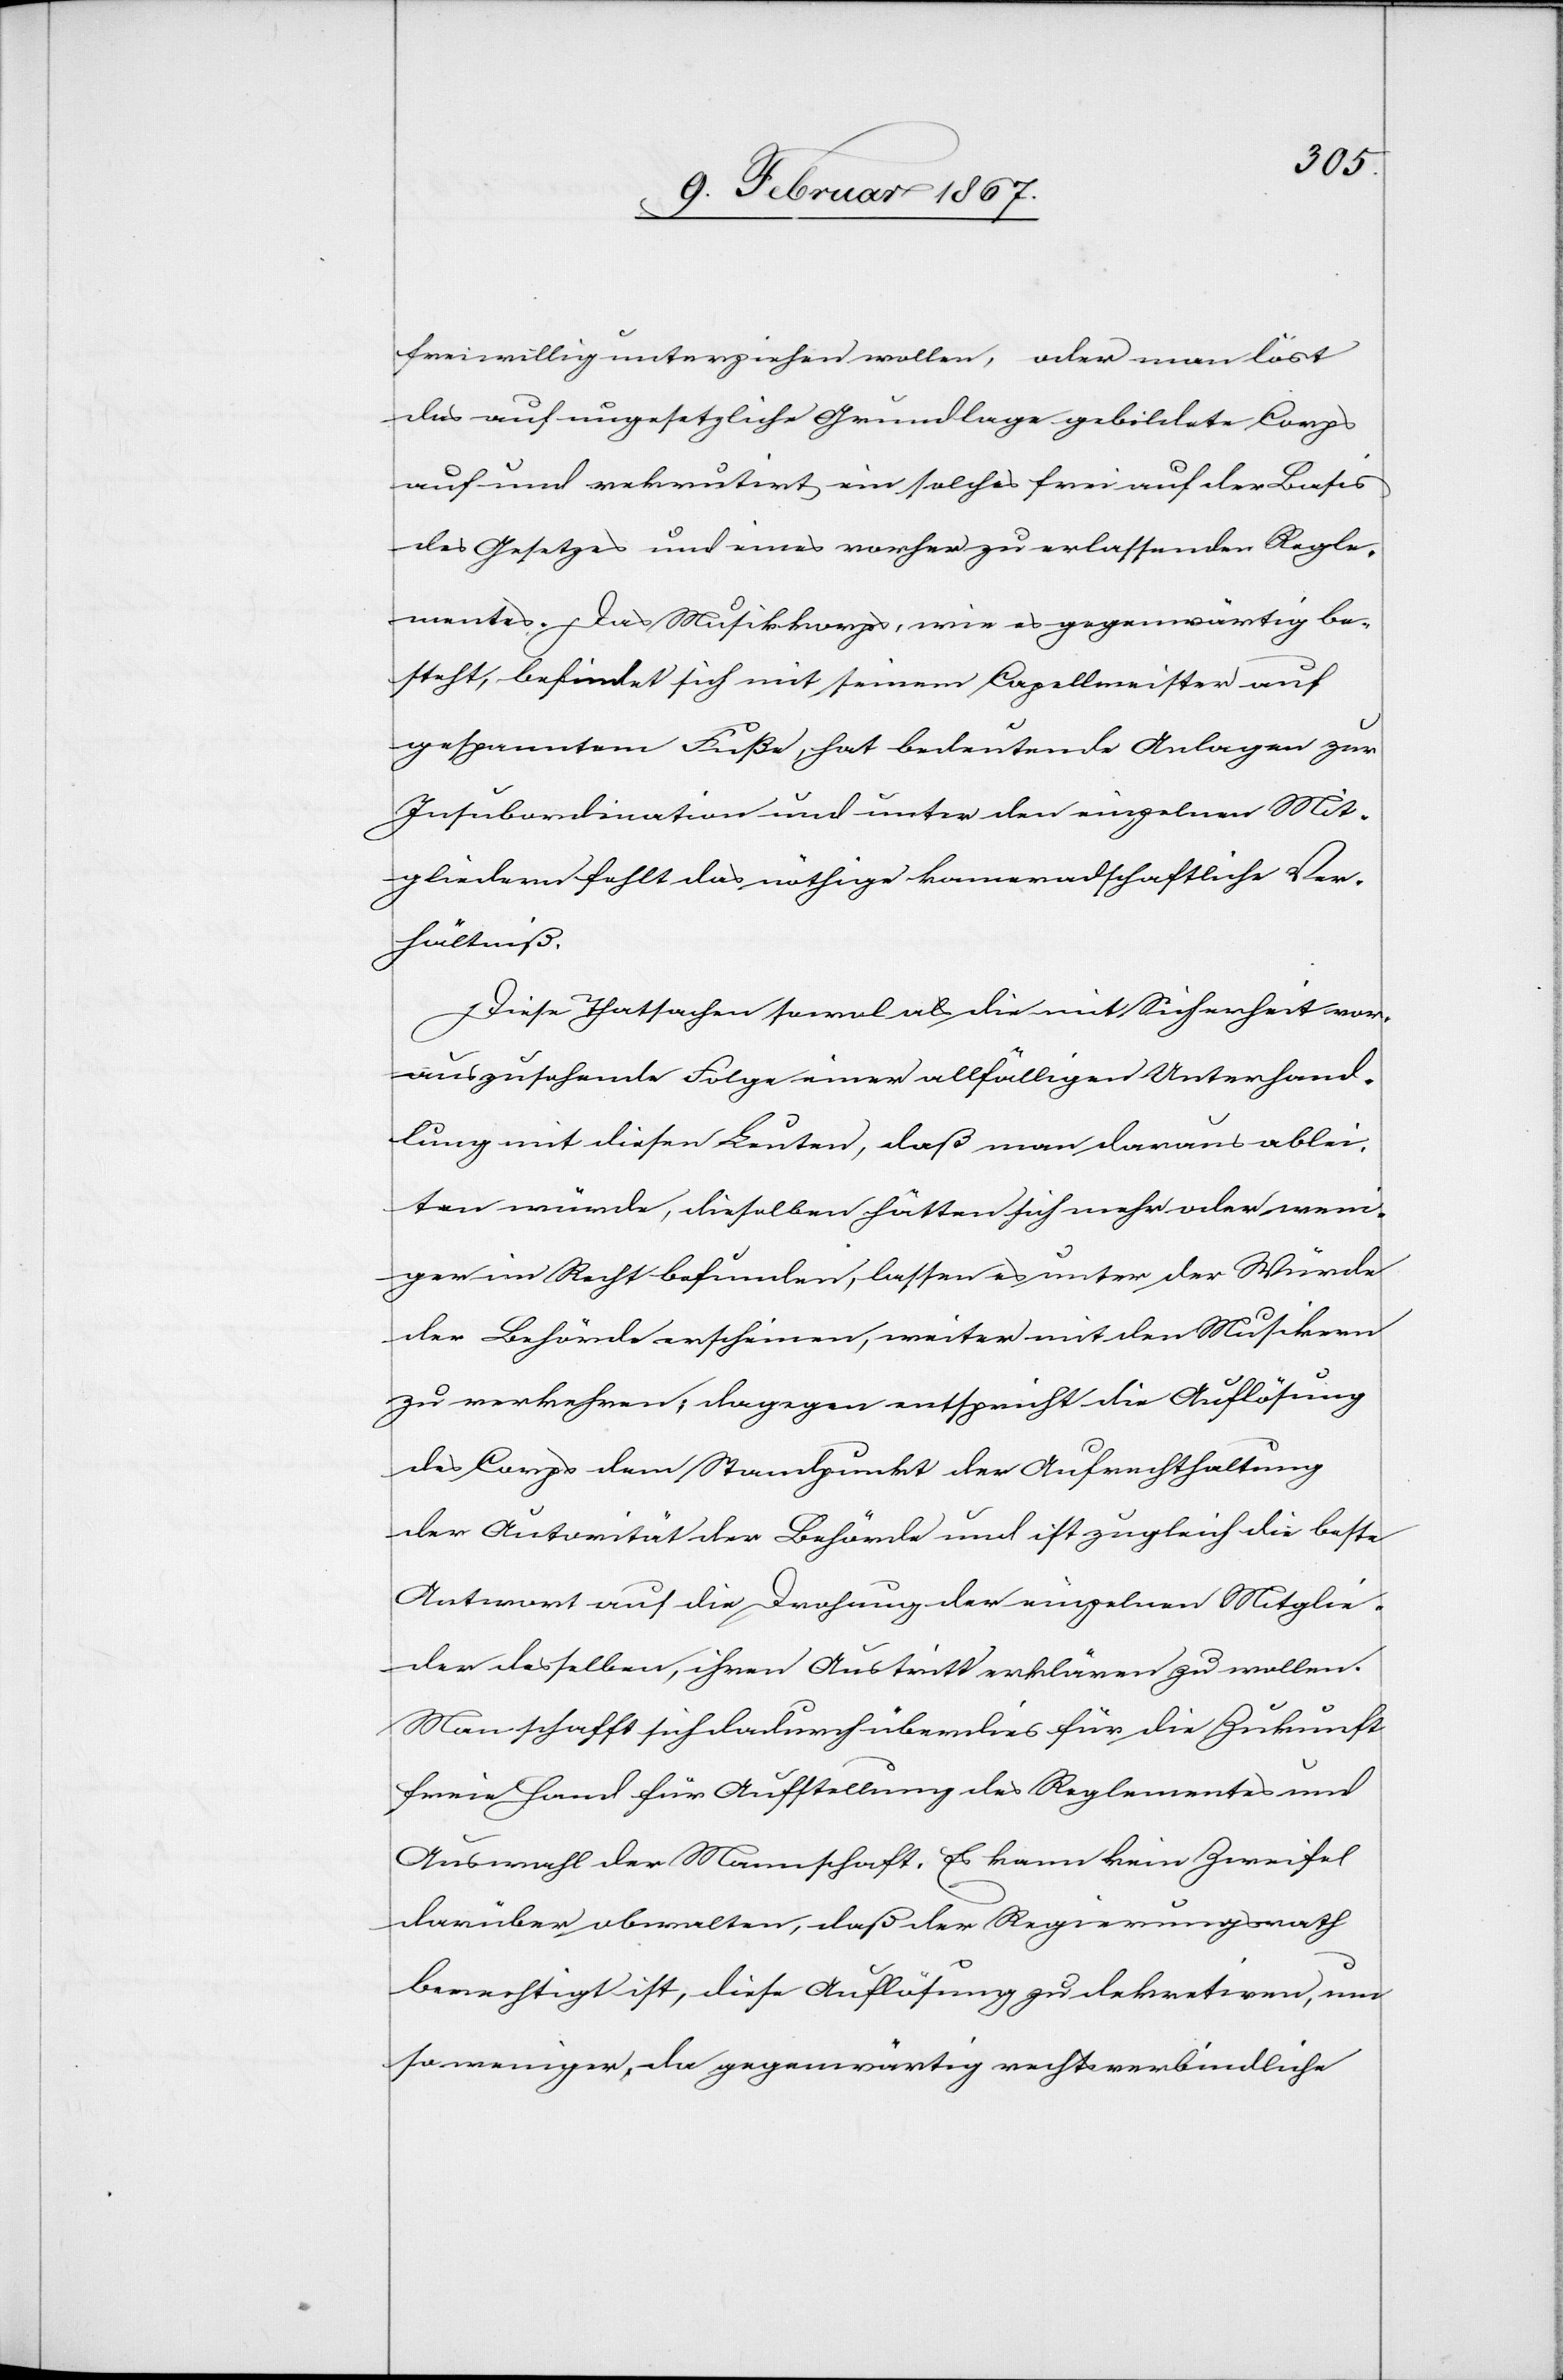
freiwillig unterziehen wollen, oder man löst
das auf ungesetzliche Grundlage gebildete Corps
auf und rekrutirt ein solches frei auf der Basis
des Gesetzes und eines vorher zu erlassenden Regle¬
mentes. Das Musikkorps, wie es gegenwärtig be¬
steht, befindet sich mit seinem Capellmeister auf
gespanntem Fuße, hat bedeutende Anlagen zur
Insubordination und unter den einzelnen Mit¬
gliedern fehlt das nöthige kameradschaftliche Ver¬
hältniß.
Diese Thatsachen sowol als die mit Sicherheit vor¬
auszusehende Folge einer allfälligen Unterhand¬
lung mit diesen Leuten, daß man daraus ablei¬
ten würde, dieselben hätten sich mehr oder weni¬
ger im Recht befunden, lassen es unter der Würde
der Behörde erscheinen, weiter mit den Musikern
zu verkehren, dagegen entspricht die Auflösung
des Corps dem Standpunkt der Aufrechthaltung
der Autorität der Behörde und ist zugleich die beste
Antwort auf die Drohung der einzelnen Mitglie¬
der desselben, ihren Austritt erklären zu wollen.
Man schafft sich dadurch überdies für die Zukunft
freie Hand für Aufstellung des Reglementes und
Auswahl der Mannschaft. Es kann kein Zweifel
darüber obwalten, daß der Regierungsrath
berechtigt ist, diese Auflösung zu dekretiren, um
so weniger, da gegenwärtig rechtsverbindliche